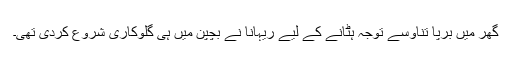
گھر میں برپا تناؤسے توجہ ہٹانے کے لیے ریہانا نے بچپن میں ہی گلوکاری شروع کردی تھی۔